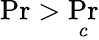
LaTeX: \operatorname*{Pr}>\operatorname*{Pr}_{c}